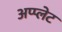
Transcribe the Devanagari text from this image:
अप्प्लेट